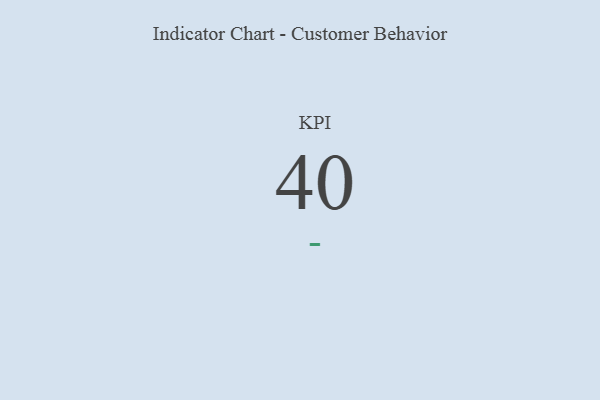
{"axis": {"x": "KPI", "y": "Value"}, "legend": [""], "data": [{"x": "KPI", "y": 40, "type": ""}]}